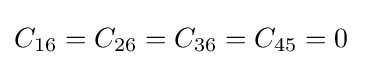
C_{16}=C_{26}=C_{36}=C_{45}=0~